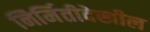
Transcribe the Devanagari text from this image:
निर्मितीदेखील